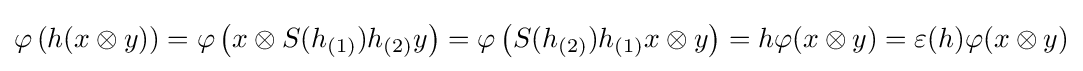
\varphi \left(h(x\otimes y)\right)=\varphi \left(x\otimes S(h_{(1)})h_{(2)}y\right)=\varphi \left(S(h_{(2)})h_{(1)}x\otimes y\right)=h\varphi (x\otimes y)=\varepsilon (h)\varphi (x\otimes y)